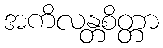
အကိလန္တစိတ္တာ